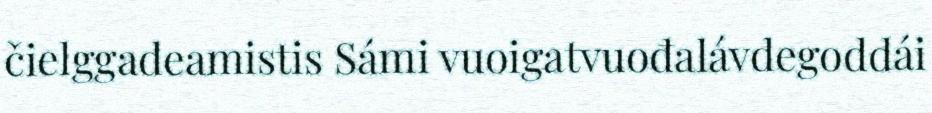
čielggadeamistis Sámi vuoigatvuođalávdegoddái